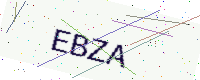
Text: EBZA